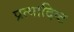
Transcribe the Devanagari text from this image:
प्रत्यादिष्ट